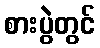
စားပွဲတွင်